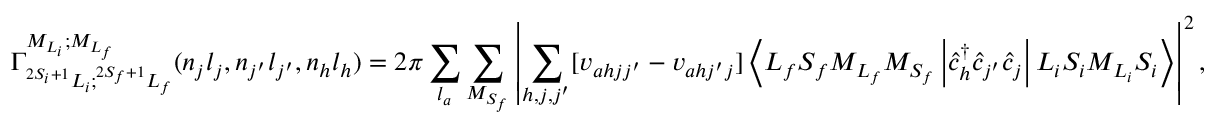
{ \Gamma } _ { ^ { 2 S _ { i } + 1 } L _ { i } ; ^ { 2 S _ { f } + 1 } L _ { f } } ^ { { M } _ { { L } _ { i } } ; { M } _ { { L } _ { f } } } ( n _ { j } l _ { j } , n _ { j ^ { \prime } } l _ { j ^ { \prime } } , n _ { h } l _ { h } ) = 2 \pi \sum _ { l _ { a } } \sum _ { M _ { S _ { f } } } \left\vert \sum _ { h , j , j ^ { \prime } } \lbrack { v } _ { a h j j ^ { \prime } } - { v } _ { a h j ^ { \prime } j } \rbrack \ensuremath { \left\langle { L } _ { f } { S } _ { f } { M } _ { { L } _ { f } } { M } _ { { S } _ { f } } \left\lvert { \hat { c } } _ { h } ^ { \dagger } { \hat { c } } _ { j ^ { \prime } } { \hat { c } } _ { j } \right\rvert { L } _ { i } { S } _ { i } { M } _ { { L } _ { i } } { S } _ { i } \right\rangle } \right\vert ^ { 2 } ,